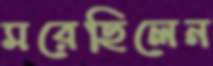
মরেছিলেন